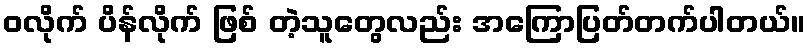
၀လိုက် ပိန်လိုက် ဖြစ် တဲ့သူတွေလည်း အကြောပြတ်တက်ပါတယ်။